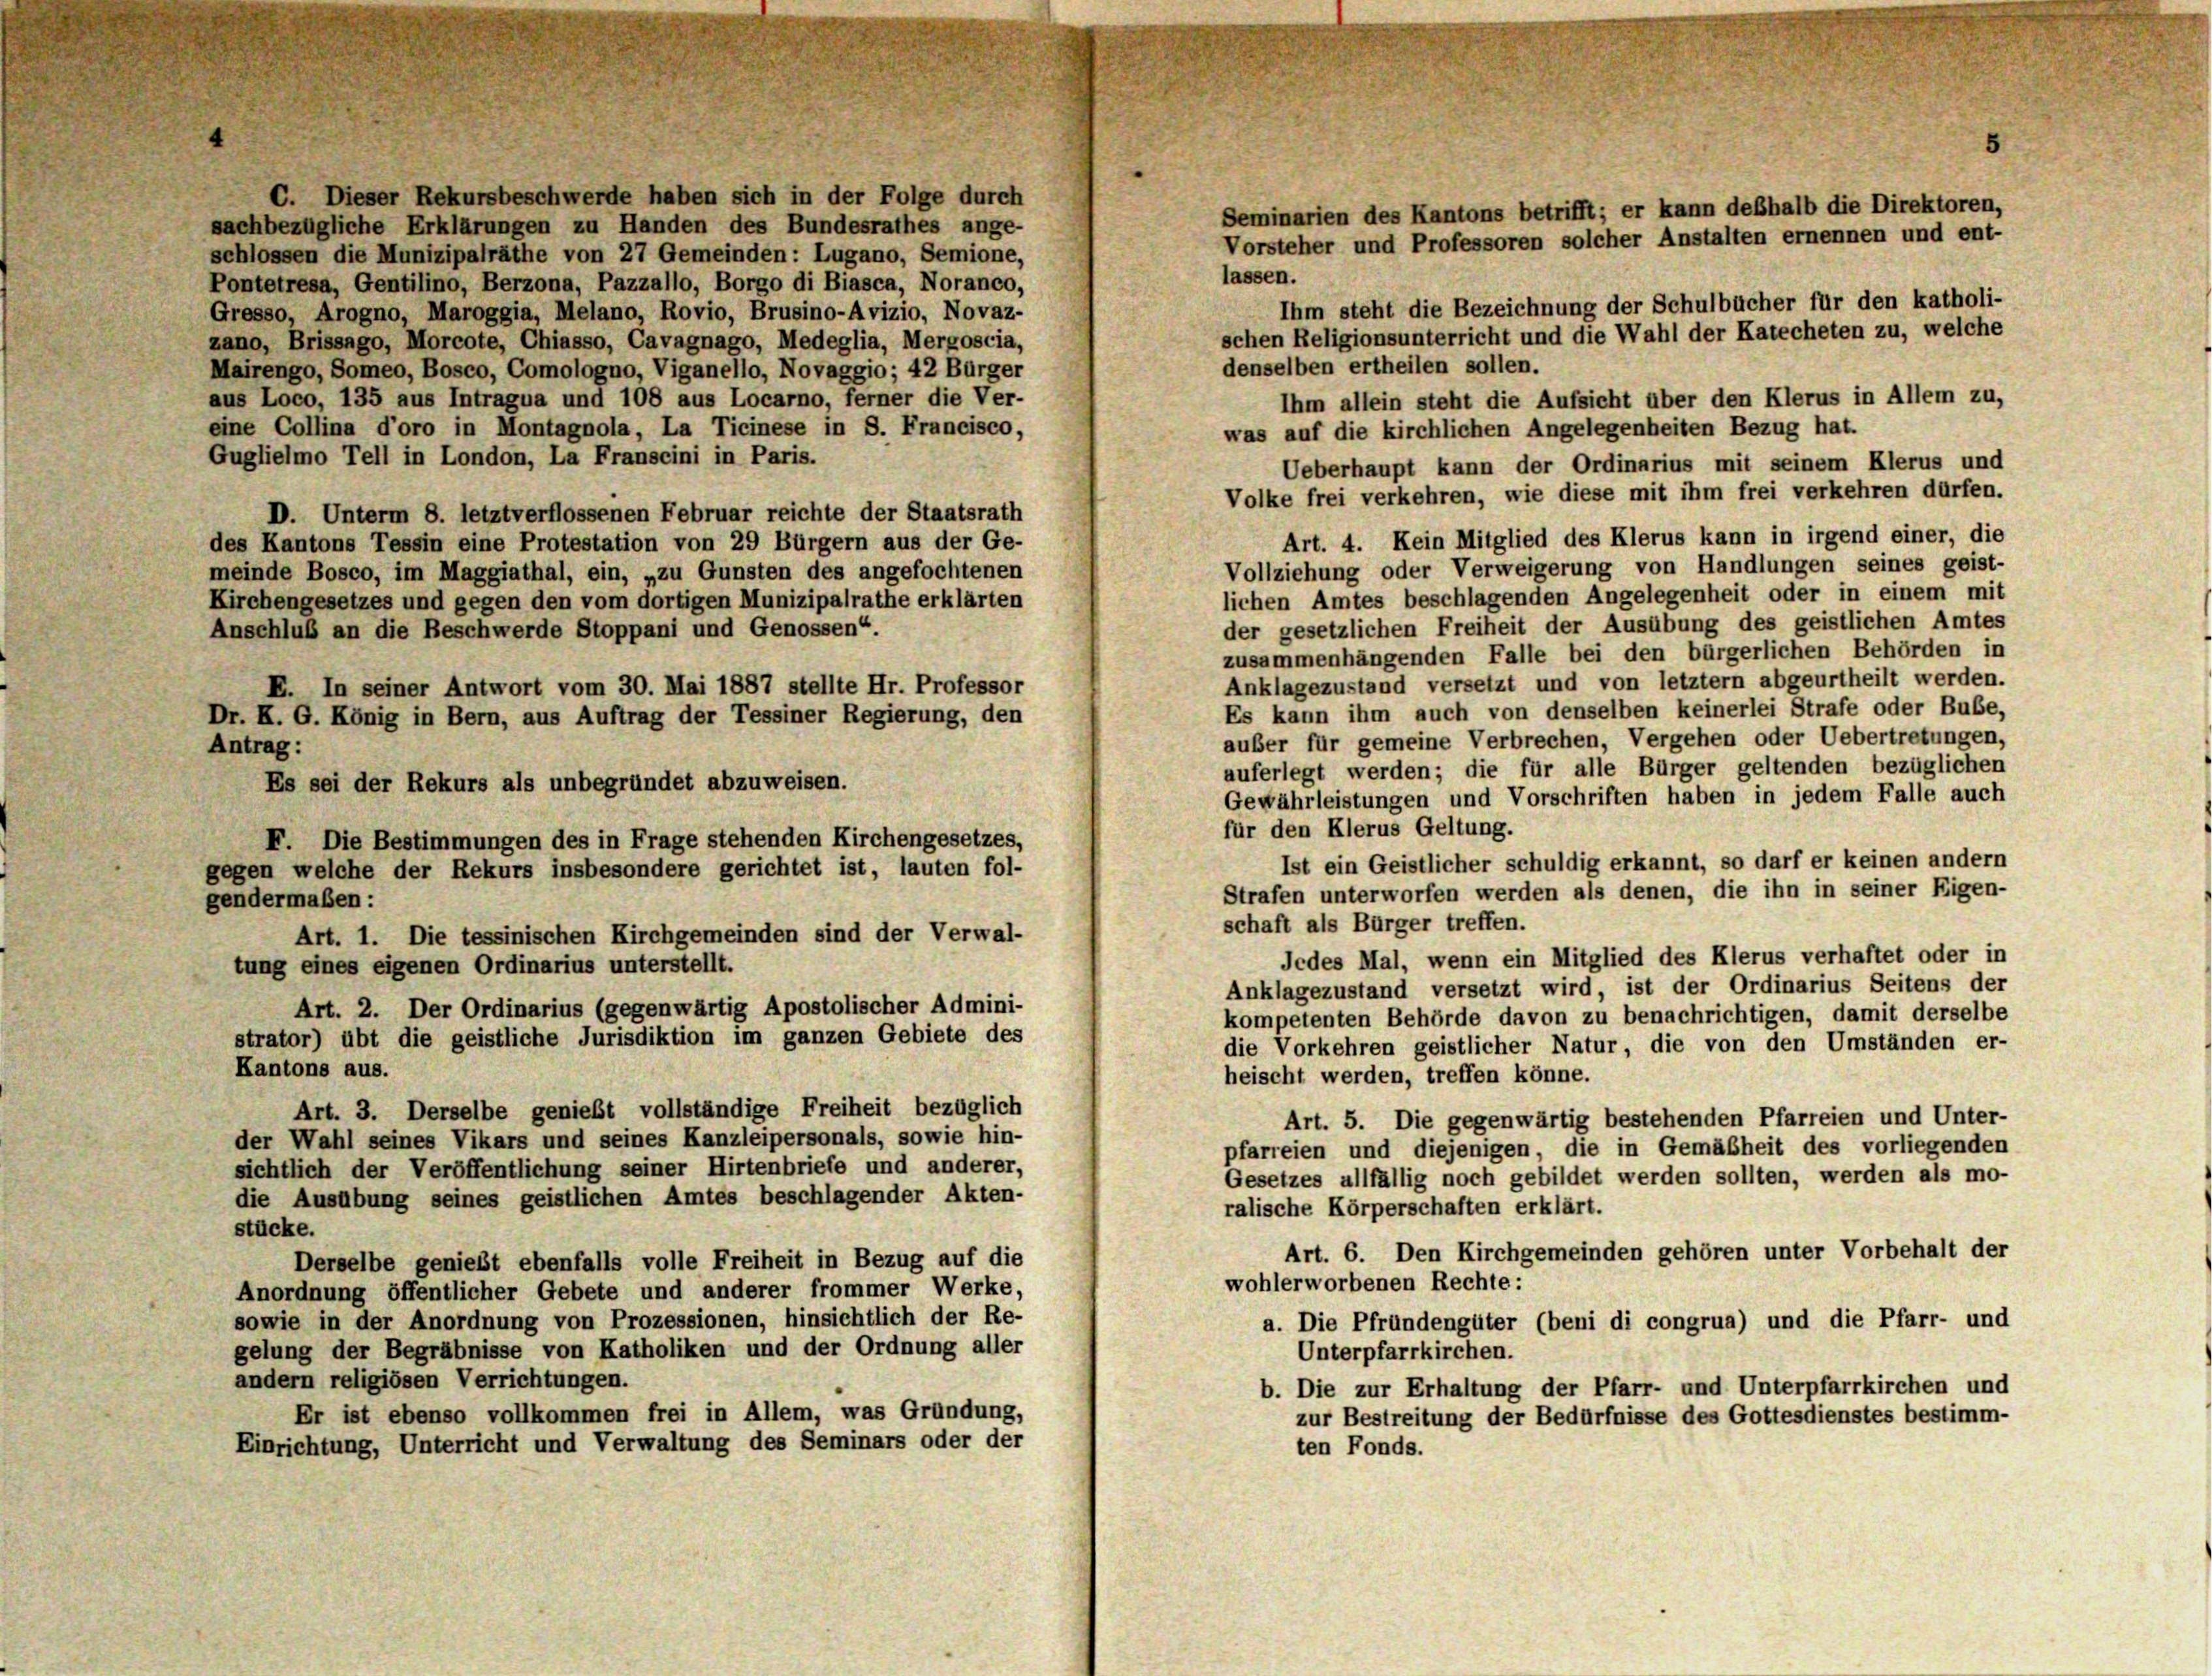
C. Dieser Rekursbeschwerde haben sich in der Folge durch
sachbezügliche Erklärungen zu Handen des Bundesrathes ange-
schlossen die Munizipalräthe von 27 Gemeinden: Lugano, Semione,
lassen.
Pontetresa, Gentilino, Berzona, Pazzallo, Borgo di Biasca, Noranco,
Gresso, Arogno, Maroggia, Melano, Rovio, Brusino-Avizio, Novaz-
zano, Brissago, Morcote, Chiasso, Cavagnago, Medeglia, Mergoscia,
denselben ertheilen sollen.
Mairengo, Someo, Bosco, Comologno, Viganello, Novaggio; 42 Bürger
aus Loco, 135 aus Intragua und 108 aus Locarno, ferner die Ver-
Ihm allein steht die Aufsicht über den Klerus in Allem zu,
eine Collina d’oro in Montagnola, La Ticinese in S. Francisco,
was auf die kirchlichen Angelegenheiten Bezug hat.
Guglielmo Tell in London, La Franscini in Paris.
Ueberhaupt kann der Ordinarius mit seinem Klerus und
Volke frei verkehren, wie diese mit ihm frei verkehren dürfen.
D. Unterm 8. letztverflossenen Februar reichte der Staatsrath
Art. 4. Kein Mitglied des Klerus kann in irgend einer, die
des Kantons Tessin eine Protestation von 29 Bürgern aus der Ge-
Vollziehung oder Verweigerung von Handlungen seines geist-
meinde Bosco, im Maggiathal, ein, „zu Gunsten des angefochtenen
lichen Amtes beschlagenden Angelegenheit oder in einem mit
Kirchengesetzes und gegen den vom dortigen Munizipalrathe erklärten
der gesetzlichen Freiheit der Ausübung des geistlichen Amtes
Anschluß an die Beschwerde Stoppani und Genossen“
zusammenhängenden Falle bei den bürgerlichen Behörden in
Anklagezustand versetzt und von letztem abgeurtheilt werden.
E. In seiner Antwort vom 30. Mai 1887 stellte Hr. Professor
Es kann ihm auch von denselben keinerlei Strafe oder Bube,
Dr. K. G. König in Bern, aus Auftrag der Tessiner Regierung, den
auber für gemeine Verbrechen, Vergehen oder Uebertretungen,
Antrag:
auferlegt werden; die für alle Bürger geltenden bezüglichen
Es sei der Rekurs als unbegründet abzuweisen.
Gewährleistungen und Vorschriften haben in jedem Falle auch
für den Klerus Geltung.
F. Die Bestimmungen des in Frage stehenden Kirchengesetzes,
Ist ein Geistlicher schuldig erkannt, so darf er keinen andern
gegen welche der Rekurs insbesondere gerichtet ist, lauten fol-
Strafen unterworfen werden als denen, die ihn in seiner Eigen-
gendermaßen:
schaft als Bürger treffen.
Art. 1. Die tessinischen Kirchgemeinden sind der Verwal-
Jedes Mal, wenn ein Mitglied des Klerus verhaftet oder in
tung eines eigenen Ordinarius unterstellt.
Anklagezustand versetzt wird, ist der Ordinarius Seitens der
Art. 2. Der Ordinarius (gegenwärtig Apostolischer Admini-
kompetenten Behörde davon zu benachrichtigen, damit derselbe
strator) übt die geistliche Jurisdiktion im ganzen Gebiete des
die Vorkehren geistlicher Natur, die von den Umständen er-
Kantons aus.
heischt werden, treffen könne.
Art. 3. Derselbe genießt vollständige Freiheit bezüglich
Art. 5. Die gegenwärtig bestehenden Pfarreien und Unter-
der Wahl seines Vikars und seines Kanzleipersonals, sowie hin-
pfarreien und diejenigen, die in Gemäßheit des vorliegenden
sichtlich der Veröffentlichung seiner Hirtenbriefe und anderer,
Gesetzes allfällig noch gebildet werden sollten, werden als mo-
die Ausübung seines geistlichen Amtes beschlagender Akten-
ralische Körperschaften erklärt.
stücke.
Art. 6. Den Kirchgemeinden gehören unter Vorbehalt der
Derselbe genießt ebenfalls volle Freiheit in Bezug auf die
wohlerworbenen Rechte:
Anordnung öffentlicher Gebete und anderer frommer Werke,
sowie in der Anordnung von Prozessionen, hinsichtlich der Re-
a. Die Pfrundengüter (beni di congrua) und die Pfarr- und
gelung der Begräbnisse von Katholiken und der Ordnung aller
Unterpfarrkirchen.
andern religiösen Verrichtungen.
b. Die zur Erhaltung der Pfarr- und Unterpfarrkirchen und
Er ist ebenso vollkommen frei in Allem, was Grundung,
zur Bestreitung der Bedürfnisse des Gottesdienstes bestimm-
Einrichtung, Unterricht und Verwaltung des Seminars oder der
ten Fonds.

Seminarien des Kantons betrifft; er kann deßhalb die Direktoren,
Vorsteher und Professoren solcher Anstalten ernennen und ent-
Ihm steht die Bezeichnung der Schulbücher für den katholi-
schen Religionsunterricht und die Wahl der Katecheten zu, welche